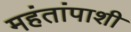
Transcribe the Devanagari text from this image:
महंतांपाशी